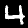
Label: 4